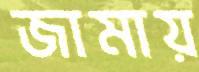
জামায়